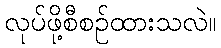
လုပ်ဖို့စီစဉ်ထားသလဲ။